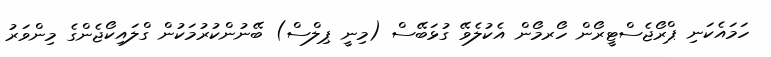
ހަމައެކަނި ޕްރޯޖެސްޓީރޯން ހޯރމޯން އެކުލެވޭ ގުޅަބޭސް (މިނީ ޕިލްސް) ބޭނުންކުރުމަކުން ގްލައިކޯޖެންގެ މިންވަރު